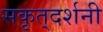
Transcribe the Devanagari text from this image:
सकृत्‌दर्शनी